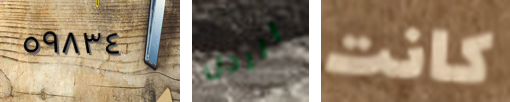
٥٩٨٣٤ الرجل كانت